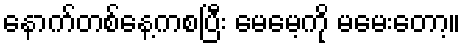
နောက်တစ်နေ့ကစပြီး မေမေ့ကို မမေးတော့။